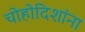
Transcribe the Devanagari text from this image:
चोहोदिशांना